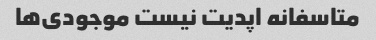
متاسفانه اپدیت نیست موجودی‌ها